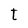
Character: t